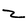
Character: Z